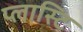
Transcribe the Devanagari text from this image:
प्लास्टि